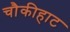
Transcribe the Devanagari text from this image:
चौकीहाट